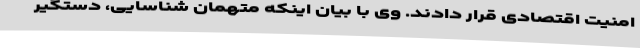
امنیت اقتصادی قرار دادند. وی با بیان اینکه متهمان شناسایی، دستگیر